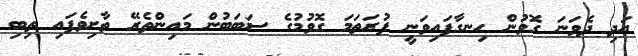
އަދި ދެވަނަ ގޮވުން ހިނގާފައިވަނީ ފުރަތަމަ ގޮވުމުގެ ސަބަބުން މައިންތެރޭ ތާށިވެފައި ތިބި